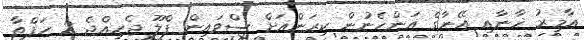
އާމިރު ޚާނާއި އޭނާގެ އަންހެނުން ކިރަންއަށް ސްވައިން ފްލޫ ޖެހިއްޖެ 2 ހަފްތާ